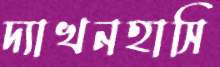
দ্যাখনহাসি